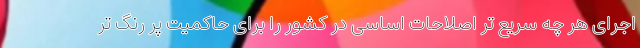
اجرای هر چه سریع تر اصلاحات اساسی در کشور را برای حاکمیت پر رنگ تر